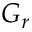
G _ { r }